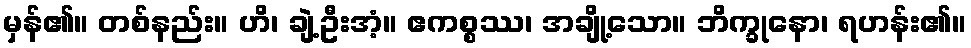
မှန်၏။ တစ်နည်း။ ဟိ၊ ချဲ့ဦးအံ့။ ဧကစ္စဿ၊ အချို့သော။ ဘိက္ခုနော၊ ရဟန်း၏။